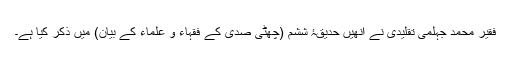
فقیر محمد جہلمی تقلیدی نے انھیں حدیقۂ ششم (چھٹی صدی کے فقہاء و علماء کے بیان) میں ذکر کیا ہے۔